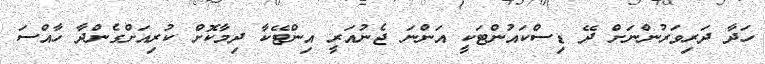
ހަދާ ދަރިވަރުންނަށް ދޭ ޑިސްކައުންޓަކީ އަންނަ ޖެނުއަރީ އިންޓޭކާ ދިމާކޮށް ކުރިއަށްގެންދާ ހާއްސަ